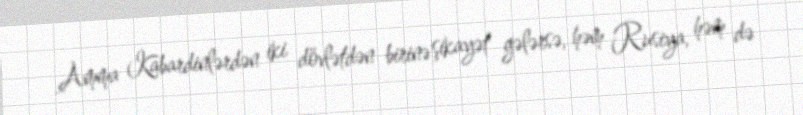
Amma Kabardinlərdən iki dövlətdən birinə şikayət gələrsə, həm Rusiya, həm də